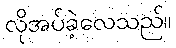
လိုအပ်ခဲ့လေသည်။